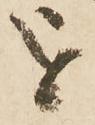
を